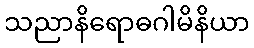
သညာနိရောဓဂါမိနိယာ